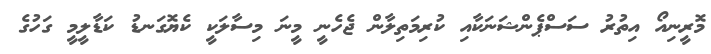
މޮރީނިއޯ އިތުރު ސަސްޕެންޝަނަކާއި ކުރިމަތިލާން ޖެހެނީ މީނަ މިސާލަކީ ކެޔޮގަނޑު ކަޑާލީމީ ގަހުގެ